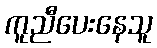
ကူညီပေးနေသူ